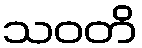
သဝတိ